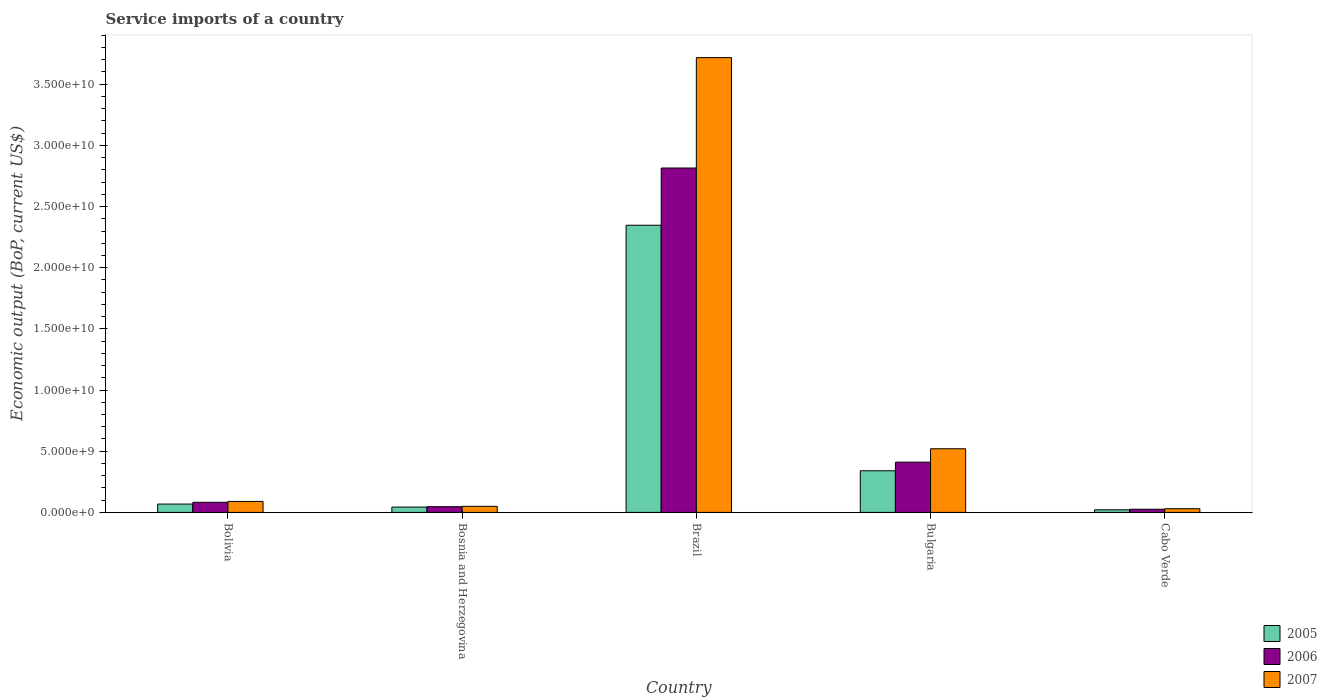
| Country | 2005 | 2006 | 2007 |
 | --- | --- | --- | --- |
 | Bolivia | 6.82e+08 | 8.25e+08 | 8.97e+08 |
 | Bosnia and Herzegovina | 4.36e+08 | 4.67e+08 | 4.95e+08 |
 | Brazil | 2.35e+10 | 2.81e+10 | 3.72e+10 |
 | Bulgaria | 3.4e+09 | 4.11e+09 | 5.2e+09 |
 | Cabo Verde | 2.15e+08 | 2.59e+08 | 3.02e+08 |